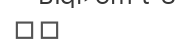
٢٦